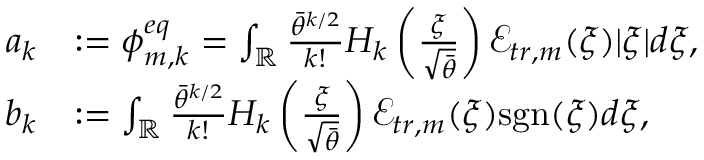
\begin{array} { r l } { a _ { k } } & { : = \phi _ { m , k } ^ { e q } = \int _ { \mathbb { R } } \frac { \bar { \theta } ^ { k / 2 } } { k ! } H _ { k } \left( \frac { \xi } { \sqrt { \bar { \theta } } } \right) \mathcal { E } _ { t r , m } ( \xi ) | \xi | d \xi , } \\ { b _ { k } } & { : = \int _ { \mathbb { R } } \frac { \bar { \theta } ^ { k / 2 } } { k ! } H _ { k } \left( \frac { \xi } { \sqrt { \bar { \theta } } } \right) \mathcal { E } _ { t r , m } ( \xi ) \mathrm { s g n } ( \xi ) d \xi , } \end{array}